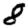
Digit: 8